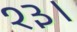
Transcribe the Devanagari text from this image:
१३।